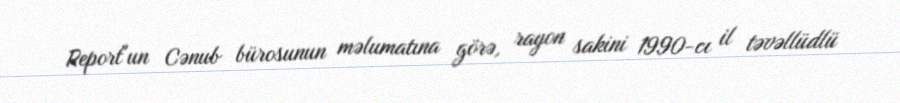
Report"un Cənub bürosunun məlumatına görə, rayon sakini 1990-cı il təvəllüdlü